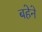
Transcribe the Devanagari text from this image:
बहेने